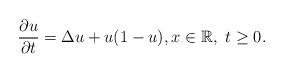
LaTeX: \begin{align*}\frac{\partial u}{\partial t}=\Delta u+u(1-u), x\in\mathbb{R}, \, \, t\ge 0.\end{align*}